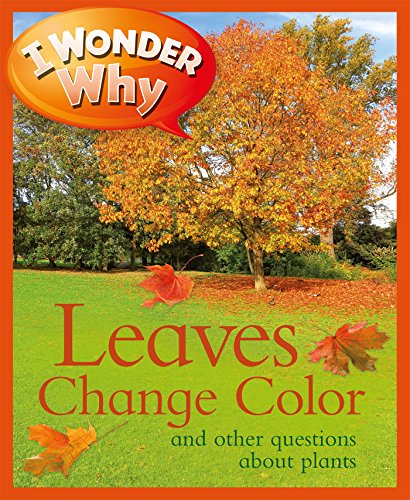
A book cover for I Wonder Why Leaves Change Color: And Other Questions About Plants; Andrew Charman; Children's Books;